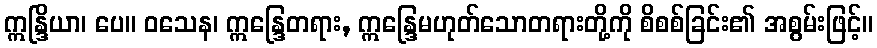
ဣန္ဒြိယာ၊ ပေ။ ဝသေန၊ ဣန္ဒြေတရား, ဣန္ဒြေမဟုတ်သောတရားတို့ကို စိစစ်ခြင်း၏ အစွမ်းဖြင့်။